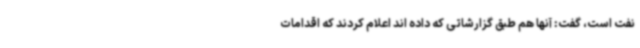
نفت است، گفت: آنها هم طبق گزارشاتی که داده اند اعلام کردند که اقدامات